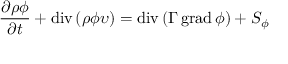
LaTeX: { \frac { \partial \rho \phi } { \partial t } } + \operatorname { d i v } \left( \rho \phi \upsilon \right) = \operatorname { d i v } \left( \Gamma \operatorname { g r a d } \phi \right) + S _ { \phi }